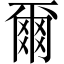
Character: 爾